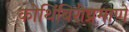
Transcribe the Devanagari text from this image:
कोथिंबिरीप्रमाणे